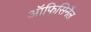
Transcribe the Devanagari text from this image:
ऑफिसिनैल